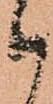
候